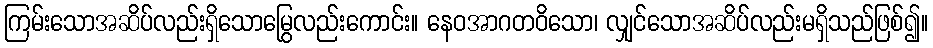
ကြမ်းသောအဆိပ်လည်းရှိသောမြွေလည်းကောင်း။ နေဝအာဂတဝိသော၊ လျှင်သောအဆိပ်လည်းမရှိသည်ဖြစ်၍။